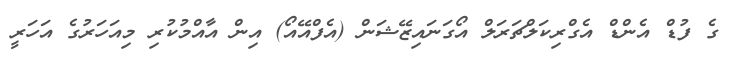
ގެ ފުޑް އެންޑް އެގްރިކަލްޗަރަލް އޯގަނައިޒޭޝަން (އެފްއޭއޯ) އިން އާއްމުކުރި މިއަހަރުގެ އަހަރީ